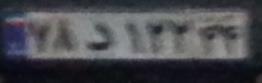
۷۸د۱۲۲۴۴